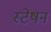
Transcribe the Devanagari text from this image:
स्टेषन